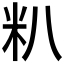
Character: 𬖍